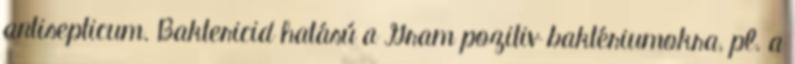
antisepticum. Baktericid hatású a Gram pozitiv baktériumokra, pl. a